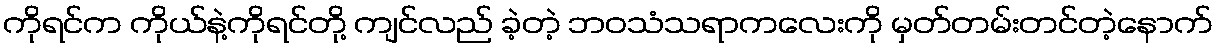
ကိုရင်က ကိုယ်နဲ့ကိုရင်တို့ ကျင်လည် ခဲ့တဲ့ ဘဝသံသရာကလေးကို မှတ်တမ်းတင်တဲ့နောက်